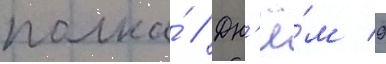
полка́ // Дн'ё́м 9